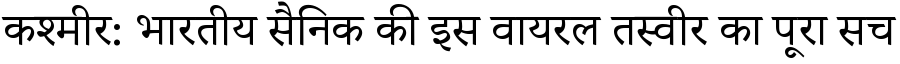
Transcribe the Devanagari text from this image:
कश्मीर: भारतीय सैनिक की इस वायरल तस्वीर का पूरा सच